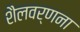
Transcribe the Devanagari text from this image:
शैलवर्णना